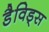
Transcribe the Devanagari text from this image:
डैविड्स